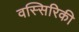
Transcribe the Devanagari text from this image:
वस्सिरिकी